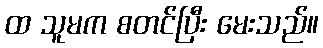
ထ သူမက စတင်ပြီး မေးသည်။